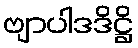
ဗျာပါဒဒိဋ္ဌိ